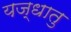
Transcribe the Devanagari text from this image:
यज्धातु